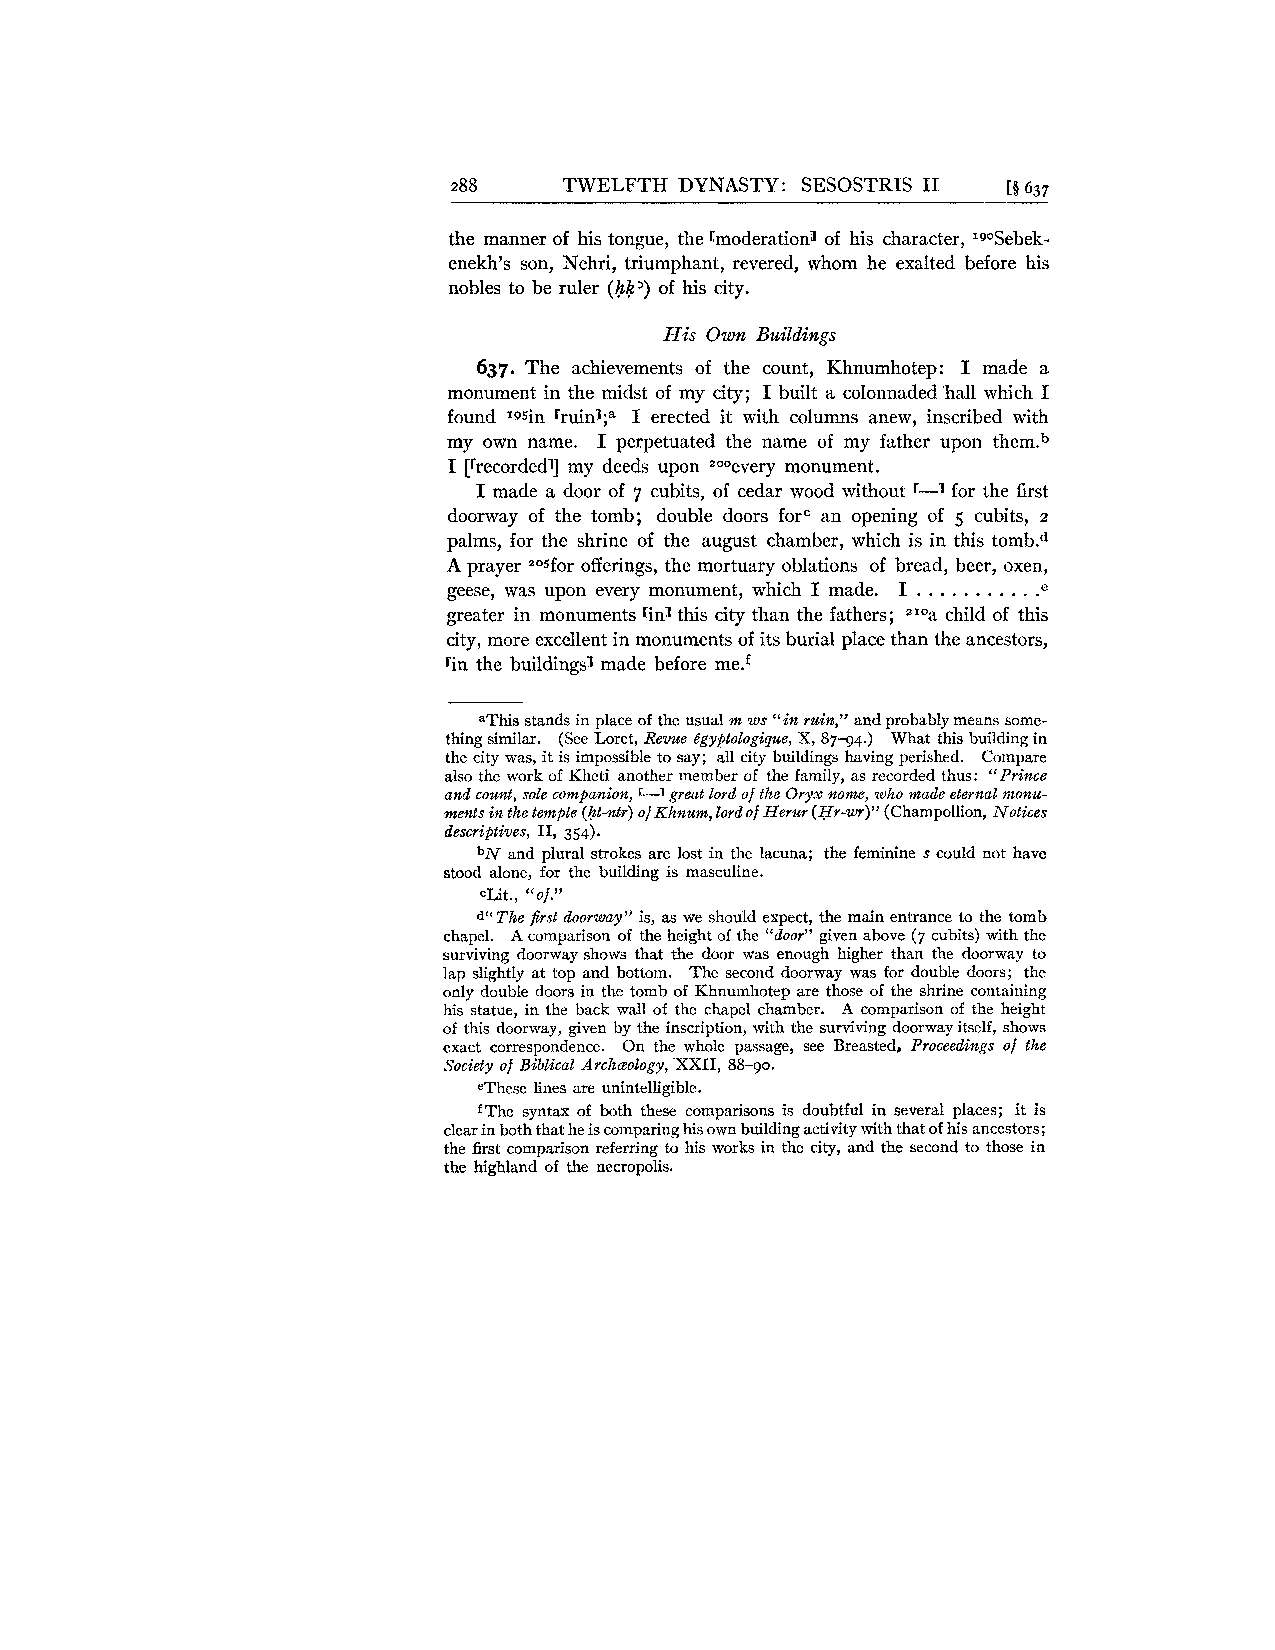
288    TWELFTH DYNASTY: SESOSTRIS I1 [5 637
 the manner of his tongue, the [moderation3 of his character, IgOSebek-
 enekh's son, Nehri, triumphant, revered, whom he exalted before his
 nobles to be ruler (hk') of his city.
 His Own Buildilzgs
 637. The achievements of the count, Khnumhotep: I made a
 monument in the midst of my city; I built a colonnaded 'hall which I
 found 195in rruin3;a I erected it with columns anew, inscribed with
 my own name. I perpetuated the name of my father upon them.b
 I [rrecordedl] my deeds upon zooeverym onument.
 I made a door of 7 cubits, of cedar wood without r-1 for the first
 doorway of the tomb; double doors forc an opening of 5 cubits, 2
 palms, for the shrine of the august chamber, which is in this t0mb.d
 A prayer 205foro fferings, the mortuary oblations of bread, beer, oxen,
 . . . . . . . . . . ."
 geese, was upon every monument, which I made. I
 greater in monuments rin1 this city than the fathers; 210a child of this
 city, more excellent in monuments of its burial place than the ancestors,
 rin the buildings1 made before me.£
 aThis stands in place of the usual m ws "in ruin," and probably means some-
 thing similar. (See Loret, Revue c?gyptologique, X, 87-94.) What this building in
 the city was, it is impossible to say; all city buildings having perished. Compare
 also the work of Kheti another member of the family, as recorded thus: "Prince
 and count, sole companion, r-1 great lord of the Oryx nome, who made eternal monu-
 ments in the temple (ht-ntr) of Khnum, lord of Herur (Hr-wr)" (Champollion, Notices
 descriptives, 11, 354).
 bN and plural strokes are lost in the lacuna; the feminine s could not have
 stood alone, for the building is masculine.
 lit., "of."
 The fist doorway" is, as we should expect, the main entrance to the tomb
 dlr
 chapel. A comparison of the height of the "door" given above (7 cubits) with the
 surviving doorway shows that the door was enough higher than the doorway to
 lap slightly at top and bottom. The second doorway was for double doors; the
 only double doors in the tomb of Khnumhotep are those of the shrine containing
 his statue, in the back wall of the chapel chamber. A comparison of the height
 of this doorway, given by the inscription, with the surviving doorway itself, shows
 exact correspondence. On the whole passage, see Breasted, Proceedings of the
 Society of Biblical Archeology, XXII, 88-90.
 =These lines are unintelligible.
 £The syntax of both these comparisons is doubtful in several places; it is
 clear in both that he is comparing his own building activity with that of his ancestors;
 the fist comparison referring to his works in the city, and the second to those in
 the highland of the necropolis.